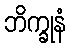
ဘိက္ခုနံ